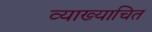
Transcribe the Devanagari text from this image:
व्याख्याचित